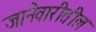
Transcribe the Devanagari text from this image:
जानेवारीतील